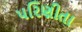
પરિણીતા